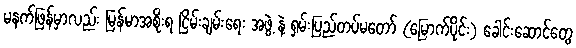
မနက်ဖြန်မှာလည်း မြန်မာအစိုးရ ငြိမ်းချမ်းရေး အဖွဲ့ နဲ့ ရှမ်းပြည်တပ်မတော် (မြောက်ပိုင်း) ခေါင်းဆောင်တွေ